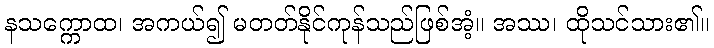
နသက္ကောထ၊ အကယ်၍ မတတ်နိုင်ကုန်သည်ဖြစ်အံ့။ အဿ၊ ထိုသင်သား၏။